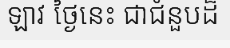
ឡាវ ថ្ងៃនេះ ជាជំនួបដ៏